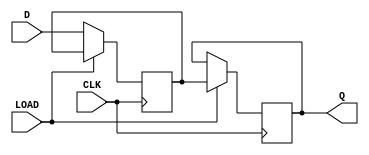
module d_flip_flop (
    input wire D,
    input wire CLK,
    input wire LOAD,
    output reg Q
);

reg stored_value;

always @(posedge CLK) begin
    if (LOAD) begin
        Q <= stored_value;
    end else begin
        stored_value <= D;
    end
end

endmodule